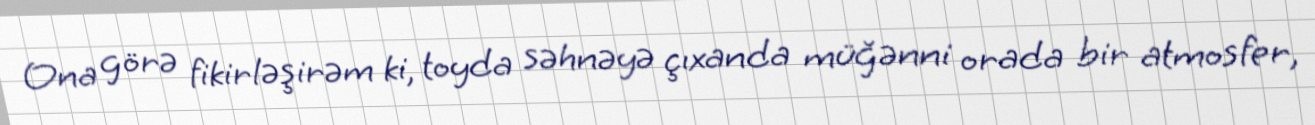
Ona görə fikirləşirəm ki, toyda səhnəyə çıxanda müğənni orada bir atmosfer,